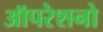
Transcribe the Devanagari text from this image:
ऑपरेशनो